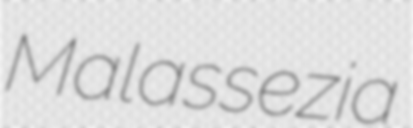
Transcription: Malassezia